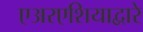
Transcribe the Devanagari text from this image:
एअरएशियाद्वारे